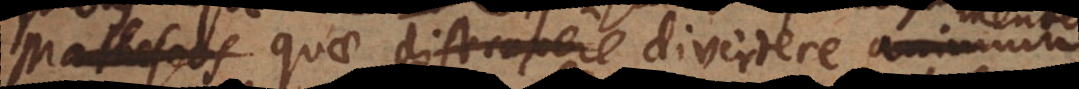
Matheseos quae distraxere divertere animum